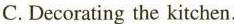
C.Decorating the kitchen.